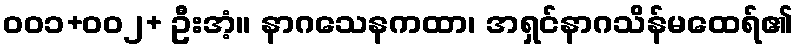
၀၀၁+၀၀၂+ ဦးအံ့။ နာဂသေနကထာ၊ အရှင်နာဂသိန်မထေရ်၏